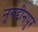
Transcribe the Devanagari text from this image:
नूरुद्दीनपुर